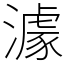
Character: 澽